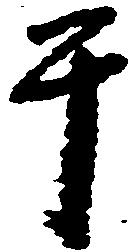
于